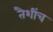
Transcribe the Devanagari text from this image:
तैशींच